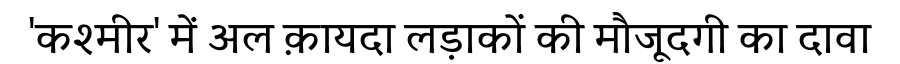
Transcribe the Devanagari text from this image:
'कश्मीर' में अल क़ायदा लड़ाकों की मौजूदगी का दावा